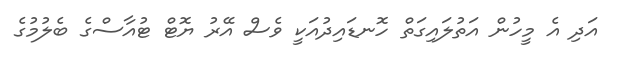
އަދި އެ މީހުން އަތުލައިގަތް ހޮނޑައިދުއަކީ ވެސް އޭރު ޔޮޓް ޓުއާސްގެ ބެލުމުގެ